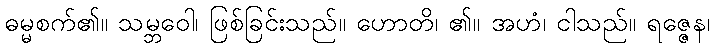
ဓမ္မစက်၏။ သမ္ဘဝေါ၊ ဖြစ်ခြင်းသည်။ ဟောတိ၊ ၏။ အဟံ၊ ငါသည်။ ရဇ္ဇေန၊